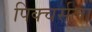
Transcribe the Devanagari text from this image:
पिक्चर्सला